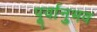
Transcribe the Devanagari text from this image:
पूर्वानुभव